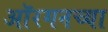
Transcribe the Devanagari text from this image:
ऑरगनच्या